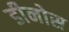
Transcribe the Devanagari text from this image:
डीनोस